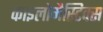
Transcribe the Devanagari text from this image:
काइलोमैस्टिक्स